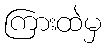
ကြားထဲမှ